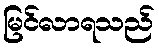
မြင်လာရသည်